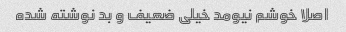
اصلا خوشم نیومد خیلی ضعیف و بد نوشته شده